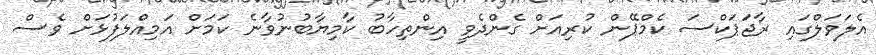
އެލަވަލްގައި ރާޖަޕަކްސަ ކެމްޕޭން ކުރިއަށް ގެންދެވީ އިންތިހާބު ކާމިޔާބުނުވާނެ ކަމަށް އަމިއްލަފުޅަށް ވެސް